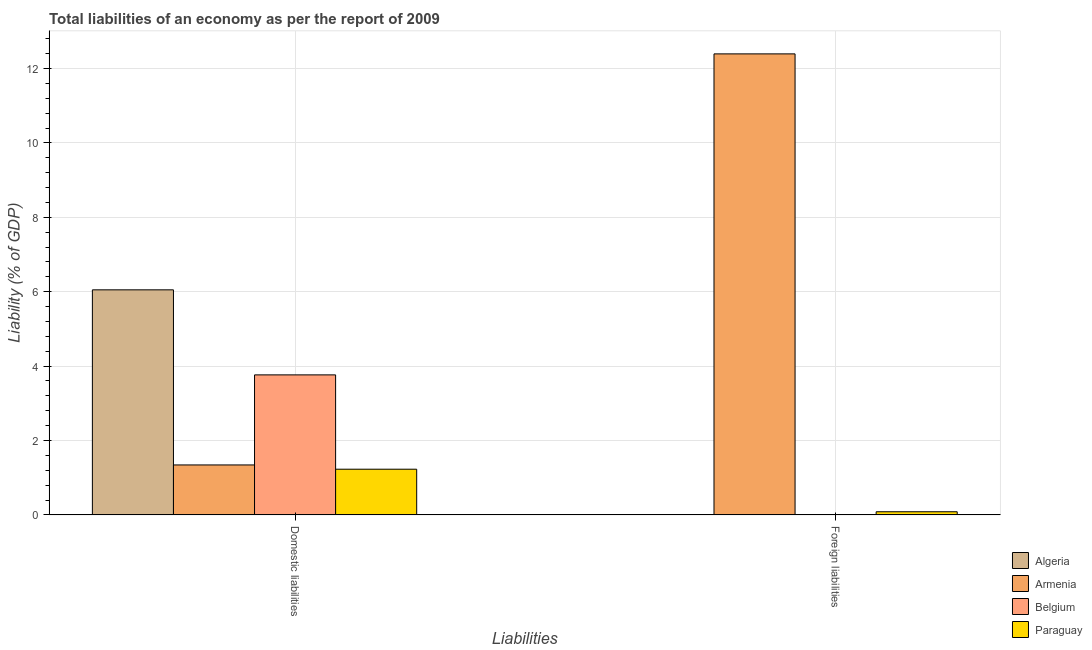
| Liabilities | Algeria | Armenia | Belgium | Paraguay |
 | --- | --- | --- | --- | --- |
 | Domestic liabilities | 6.05 | 1.34 | 3.76 | 1.23 |
 | Foreign liabilities | -0.012 | 12.4 | -0.243 | 0.0853 |